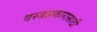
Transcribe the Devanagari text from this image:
वस्त्रप्रकारासाठी